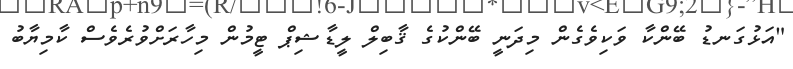
"އަޅުގަނޑު ބޭންކާ ވަކިވެގެން މިދަނީ ބޭންކުގެ ޤާބިލް ލީޑާޝިޕް ޓީމުން މިހާރަށްވުރެވެސް ކާމިޔާބު